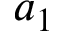
a _ { 1 }